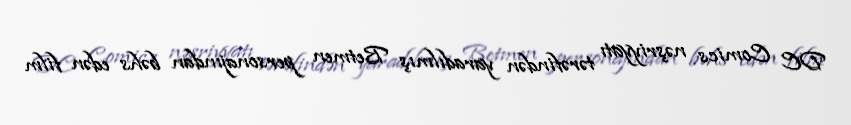
DC Comics nəşriyyatı tərəfindən yaradılmış Betmen personajından bəhs edən film